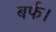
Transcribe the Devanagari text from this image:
बर्फ।